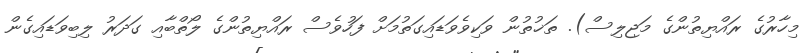
މިހާރުގެ ރައްޔިތުންގެ މަޖިލިސް). ތަޚުތުން ވަކިވެވަޑައިގަތުމަށް ފަހުވެސް ރައްޔިތުންގެ ލޯތްބާއި ގަދަރު ލިބިވަޑައިގެން